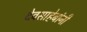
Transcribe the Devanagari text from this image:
देवसाहेबांनी